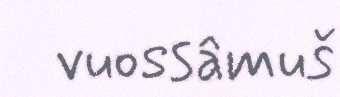
vuossâmuš